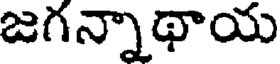
జగన్నాథాయ